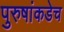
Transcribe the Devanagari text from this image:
पुरुषांकडेच